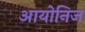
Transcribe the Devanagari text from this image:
आयोनिज